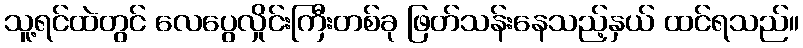
သူ့ရင်ထဲတွင် လေပွေလှိုင်းကြီးတစ်ခု ဖြတ်သန်းနေသည့်နှယ် ထင်ရသည်။